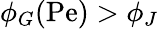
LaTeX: \phi_{G}(\mathrm{Pe})>\phi_{J}